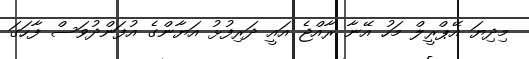
މިދިޔަ އޭޕްރީލް މަހު އޭނާ ރާއްޖެ އައީ ދަރިފުޅު އަޔާންގެ އުފަންދުވަސް ފާހަގަ